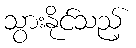
သွားနိုင်သည့်